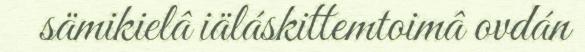
sämikielâ iäláskittemtoimâ ovdán